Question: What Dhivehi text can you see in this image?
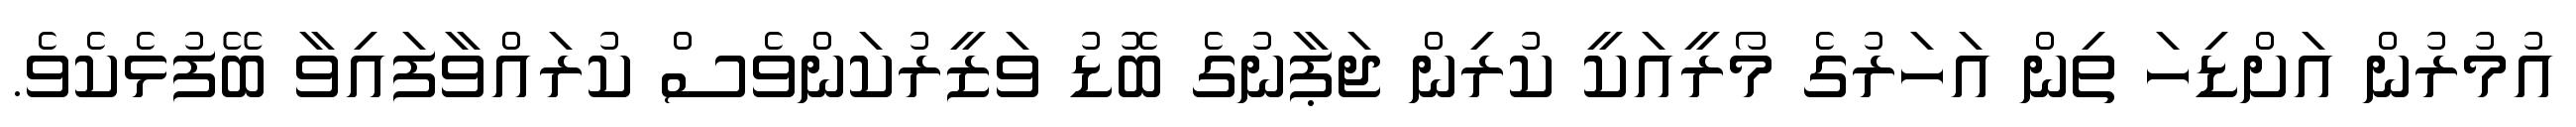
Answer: އުމުރުން އަށްޑިހަ ތިން އަހަރުގެ މޯރީއަކީ ކުރިން ޖަޕާނުގެ ބޮޑު ވަޒީރުކަންވެސް ކުރައްވާފައިވާ ބޭފުޅެކެވެ.